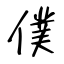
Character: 僕